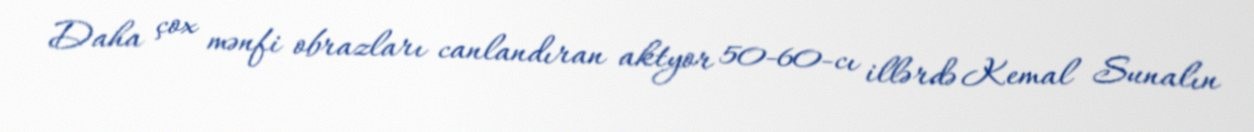
Daha çox mənfi obrazları canlandıran aktyor 50-60-cı illərdə Kemal Sunalın